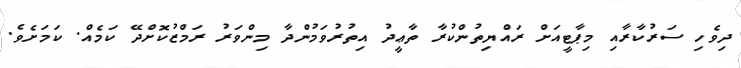
ދިވެހި ސަރުކާރާއި މިޕާޓީއަށް ރައްޔިތުންކުރާ ތާޢީދު އިތުރުވަމުންދާ މިންވަރު ރަމްޒުކޮށްދޭ ކަމެއް. ކަމަށެވެ.